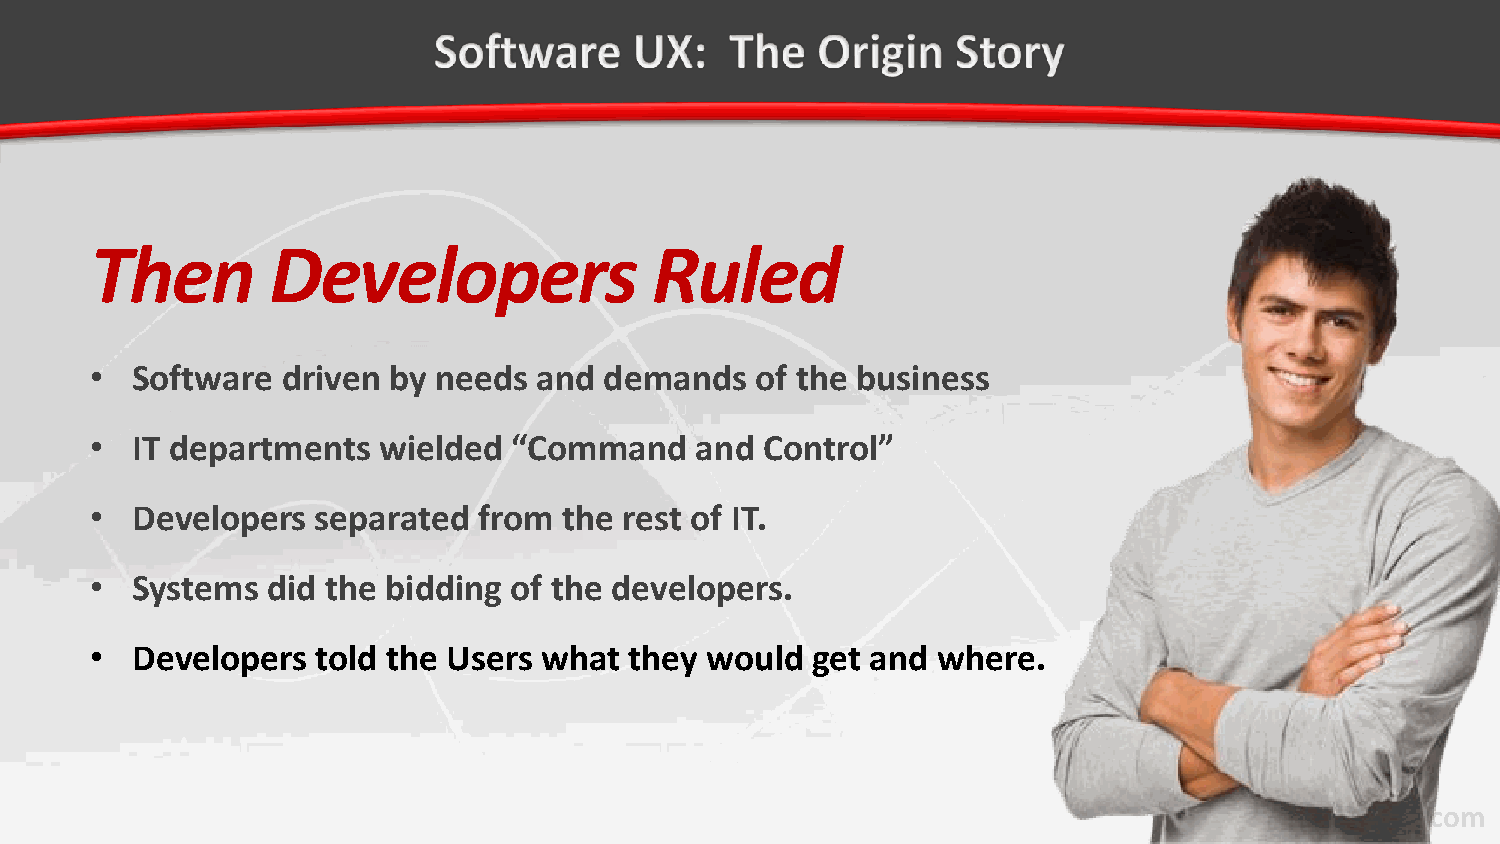
Then        Developers               Ruled
 •  Software  driven by needs and  demands   of the business
 •  IT departments  wielded  “Command    and  Control”
 •  Developers  separated  from the rest of IT.
 •  Systems  did the bidding of the developers.
 •  Developers  told the Users what  they would  get and where.
 surroundtech.com